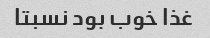
غذا خوب بود نسبتا